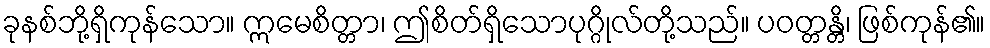
ခုနစ်ဘို့ရှိကုန်သော။ ဣမေစိတ္တာ၊ ဤစိတ်ရှိသောပုဂ္ဂိုလ်တို့သည်။ ပဝတ္တန္တိ၊ ဖြစ်ကုန်၏။